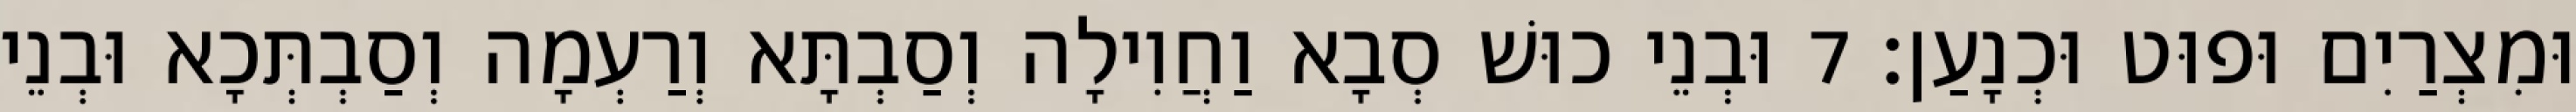
וּמִצְרַיִם וּפוּט וּכְנָעַן׃ 7 וּבְנֵי כוּשׁ סְבָא וַחֲוִילָה וְסַבְתָּא וְרַעְמָה וְסַבְתְּכָא וּבְנֵי